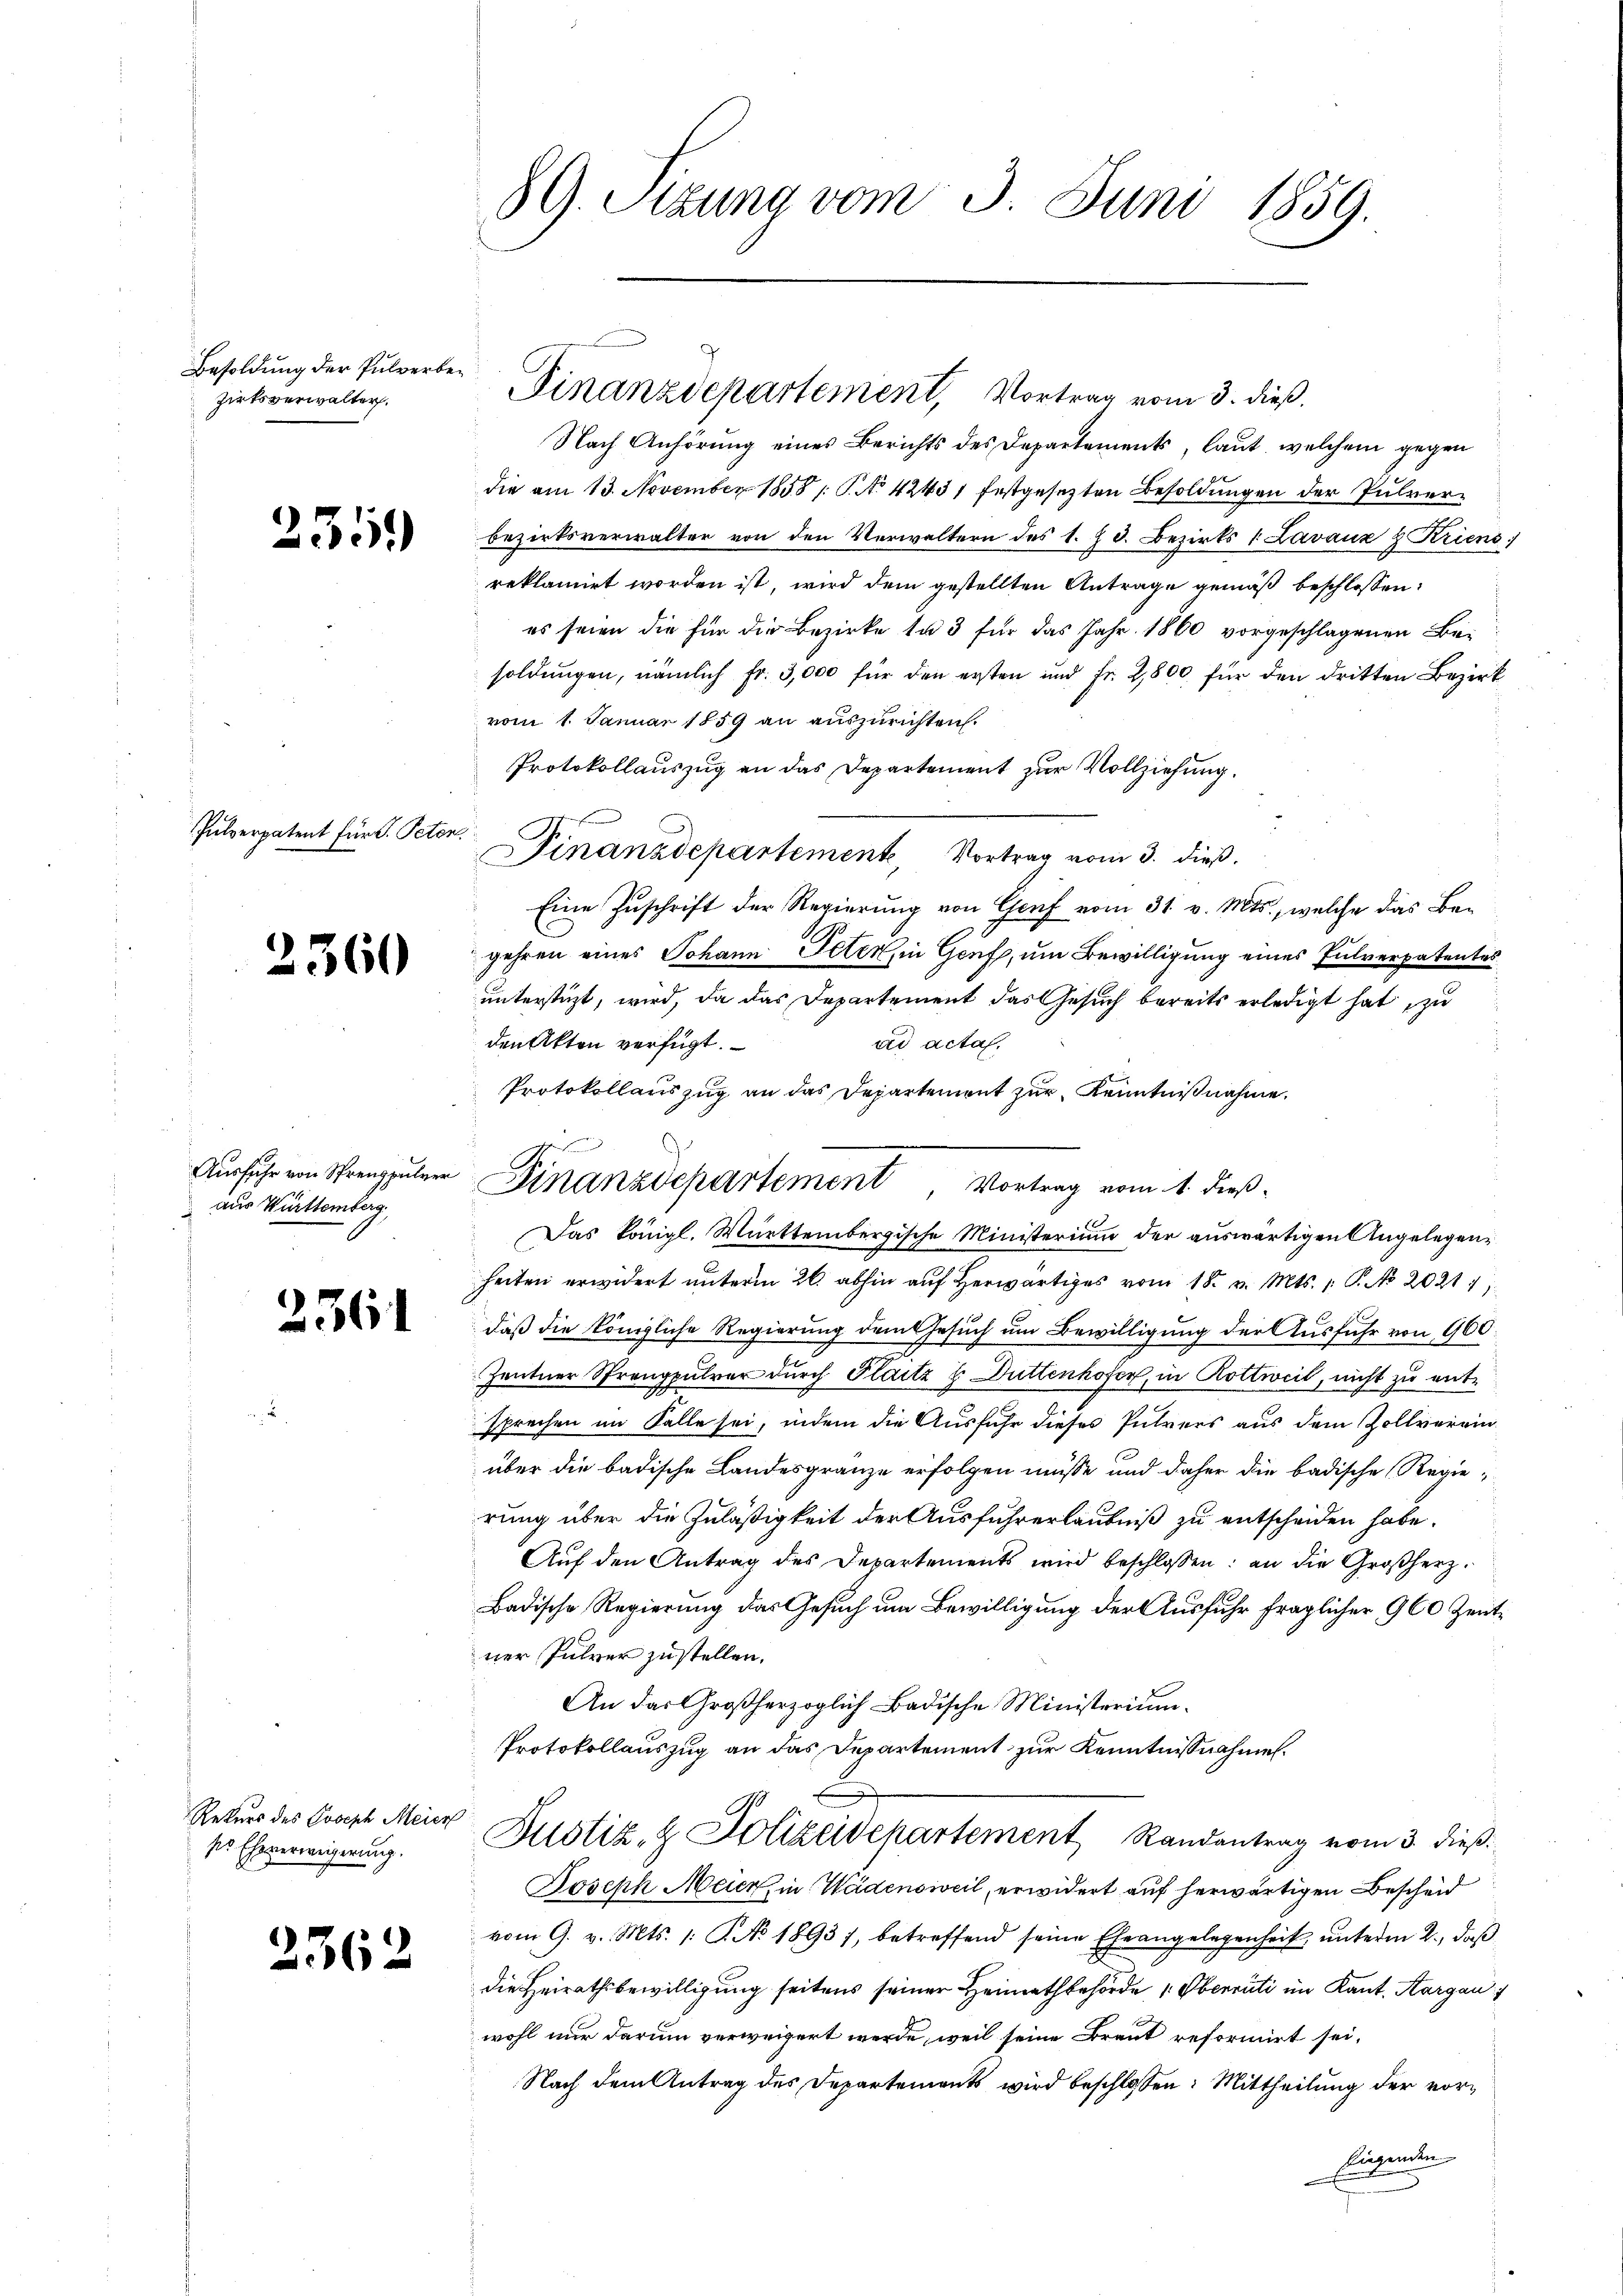
Besoldung der Pulverbezirksverwalter.

2359

Pulverpatent für V. Peten.

2360

Ausfuhr von Sprengpulver
aus Württemberg.

2361

Rekurs des Joseph Meier
ses Eheverweigerung.

2362

89. Sizung vom 3. Juni 1859.

Finanzdepartement, Vortrag vom 3. dieß.

Nach Anhörung eines Berichts des Departements, laut, welchem gegen
die am 13. November 1858 / P. No 42431 festgesezten Besoldungen der Pulverbezirksverwalter von den Verwaltern des 1. Z. d. Bezirks 1. Lavaux & Kriens
reklamirt worden ist, wird dem gestellten Antrage gemäß beschlossen:
es seien die für die Bezirke la 3 für das Jahr 1860 vorgeschlagenen Besoldungen, nämlich Fr. 3,000 für den ersten und Fr. 2800 für den dritten Bezirk
vom 1. Januar 1859 an auszurichten.
Protokollauszug an das Departement zur Vollziehung.
Finanzdepartement Vortrag vom 3. dieß.
Eine Zuschrift der Regierung von Genf vom 31. v. Mts., welche das Bagehren eines Johann Peten, in Genf, um Bewilligung eines Pulverpatentes
unterstüzt, wird, da das Departement das Gesuch bereits erledigt hat, zu
ad acta.
den Akten verfügt.
Protokollauszug an das Departement zur Kenntnißnahme.
Das königl. Württembergische Ministerium der auswärtigen Angelegenheiten erwidert unterm 26. abhin auf herwärtiges vom 18. v. Mts. 1. P. No 20211)
daß die königliche Regierung dem Gesuch um Bewilligung der Ausfuhr von 900.
Zentner Sprengpulver durch Flaitz u. Duttenhofer, in Rottweil, nicht zu entsprechen im Falle sei, indem die Ausfuhr dieses Pulvers aus dem Zollverein-
über die badische Landesgränze erfolgen müsse und daher die badische Regierung über die Zuläßigkeit der Ausfuhrerlaubniß zu entscheiden habe.
Aŭf den Antrag des Departements wird beschlossen: an die Großherz¬
Badische Regierung das Gesuch um Bewilligung der Ausfuhr fraglicher 960 Zeitner Pulver zustellen.
An das Großherzoglich Badische Ministerium
Protokollauszug an das Departement zur Kenntnißnahmen.
Justiz- & Polizeidepartement Randantrag vom 3. dieß.
Joseph Meier, in Wädensweil, erwidert auf herwärtigen Bescheid
vom 9. v. Mts. 1. P. No 1893), betreffend seine Eheangelegenheit unterm 2., daß
die Heirathsbewilligung seitens seiner Heimathbehörde Oberrüti im Kant. Aargau
wohl nur darum verweigert werde, weil seine Braut reformirt sei,
Nach dem Antrag des Departements wird beschlossen: Mittheilung der vor¬
Eingenden
g

Finanzdepartement Vortrag vom 1. dieß.